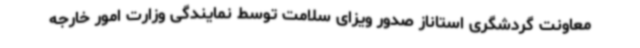
معاونت گردشگری استاناز صدور ویزای سلامت توسط نمایندگی وزارت امور خارجه